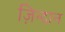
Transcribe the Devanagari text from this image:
ज़िन्दान